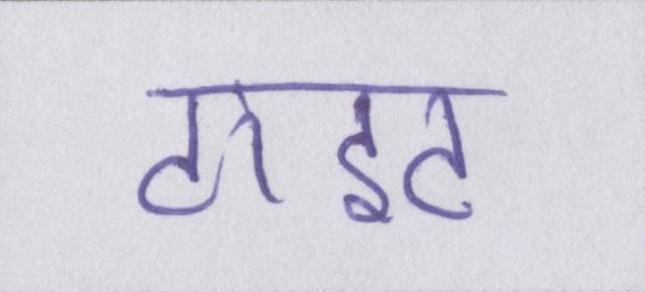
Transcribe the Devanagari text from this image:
टाइट